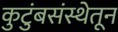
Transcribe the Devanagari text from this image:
कुटुंबसंस्थेतून